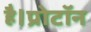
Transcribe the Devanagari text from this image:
है।प्रोटॉन